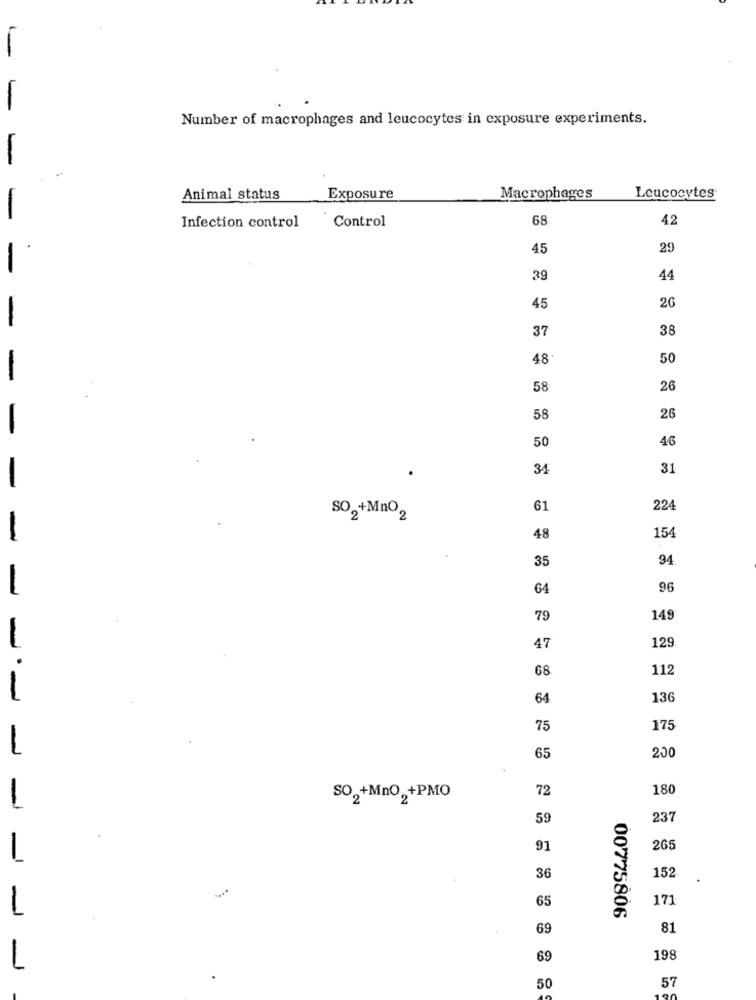
Number of macrophages and leucocytes in exposure experiments.
-
Animal status
Exposure
Macrophages
Leucocytes
68
42
Infection control
Control
45
29
39
44
45
26
37
38
48.
50
58
26
58
26
50
46
34
31
61
224
SO,+Mno2
-
48
154
35
94
64
96
-
79
149
129
47
68
112
--
64
130
75
175
65
200
72
180
SO,+MnO +PMO
- -
59
237
91
265
36
15
65
171
00775806
69
81
69
198
57
50